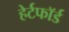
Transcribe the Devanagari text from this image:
हेर्टफाॅर्ड